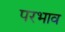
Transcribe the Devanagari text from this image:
परभाव